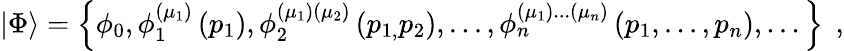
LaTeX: \left|\Phi\right\rangle=\left\{ \phi_{0},\phi_{1}^{(\mu_{1})}\left(p_{1}\right),\phi_{2}^{(\mu_{1})(\mu_{2})}\left(p_{1,}p_{2}\right),...,\phi_{n}^{(\mu_{1})...(\mu_{n})}\left(p_{1},...,p_{n}\right),...\right\} \; \, ,